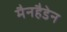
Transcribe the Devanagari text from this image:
मैनहैडेन